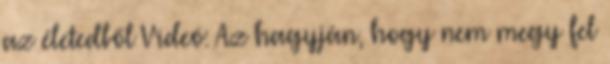
az életedből Videó: Az hagyján, hogy nem megy fel